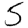
Digit: 5